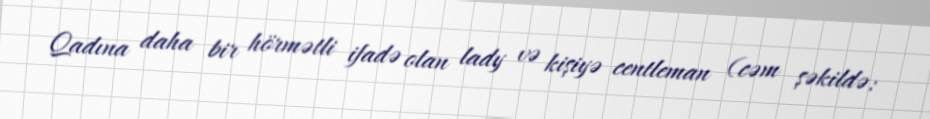
Qadına daha bir hörmətli ifadə olan lady və kişiyə centleman (cəm şəkildə: